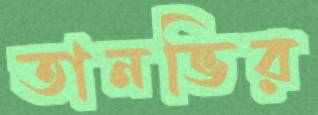
তানভির